Vaccine operations Central Provinces 1886-1899 - 1886-1899
Year: 1886
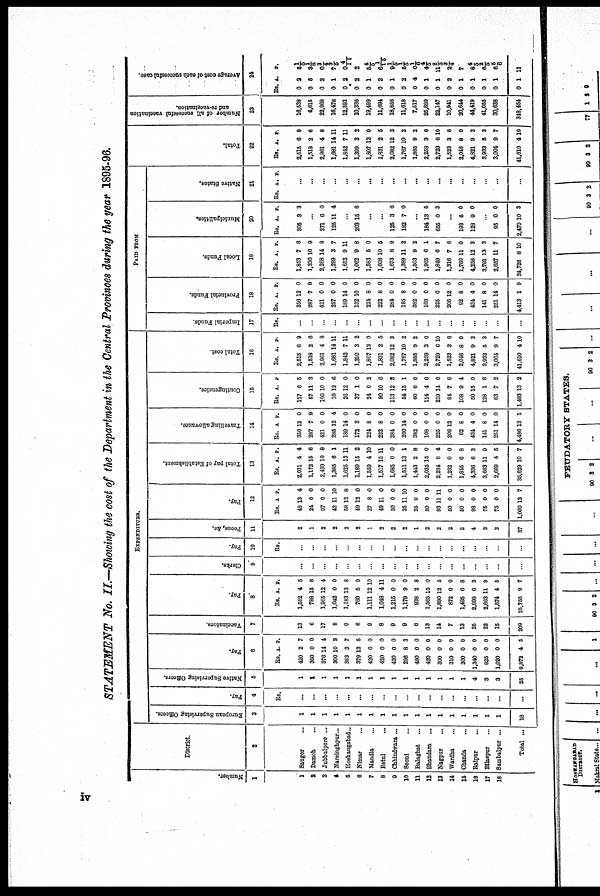
STATEMENT No. II—Showing the cost of the Department in the Central Provinces during the year 1895-96.
Number.
1
1
2
3
4
5
6
7
8
9
10
11
12
13
14
15
16
17
18
District.
2
Saugor...
Damoh...
Jubbulpore ...
Narsinghpur...
Hoshangabad..
Nimar...
Mandla...
Betul...
Chhindwara ...
Seoni...
Balaghat...
Bhandara...
Nagpur...
Wardha...
Chanda...
Balpur...
Bilaspur...
Sambalpur...
Total ...
EXPENDITURE.
European Supervising Officers.
3
1
1
1
1
1
1
1
1
1
1
1
1
1
1
1
1
1
1
18
Pay.
4
Rs.
...
...
...
...
...
...
...
...
...
...
...
...
...
...
...
...
...
...
...
Native Supervising Officers.
8
1
1
1
1
1
1
1
1
1
1
1
1
1
1
1
4
3
3
25
Pay.
6
Rs.
420
360
376
300
383
379
420
420
420
296
480
420
300
310
300
1,340
928
1,020
8,872
A.
2
0
14
10
3
13
0
0
0
8
0
0
0
0
0
0
0
0
4
P.
7
0
4
3
7
5
0
0
0
3
0
0
0
0
0
0
0
0
8
Vaccinators.
7
13
6
17
8
9
6
9
8
9
9
6
13
14
7
13
25
22
15
209
Pay.
8
Rs.
1,562
788
1,965
1,042
1,183
760
1,111
1,048
1,215
1,179
938
1,565
1,890
872
1,495
2,898
2,663
1,574
25,756
A.
4
15
12
0
13
5
12
4
0
9
2
15
12
0
6
6
11
4
9
P.
5
6
4
0
8
9
10
11
0
0
8
0
5
0
8
3
9
5
7
Clerks.
9
...
...
...
...
...
...
...
...
...
...
...
...
...
...
...
...
...
...
...
Pay.
10
Rs.
...
...
...
...
...
...
...
...
...
...
...
...
...
...
...
...
...
...
...
Peons &c.
11
2
1
2
2
2
2
1
2
2
2
1
2
2
2
2
4
3
3
37
Pay.
12
Rs.
48
24
97
42
58
49
27
49
50
35
25
50
93
50
50
98
75
75
1,000
A
13
0
0
11
12
12
8
11
0
11
0
0
11
0
0
0
0
0
12
P.
4
0
0
10
8
0
0
0
0
10
0
0
11
0
0
0
0
0
7
Total pay of Establishment.
13
Rs.
2,031
1,172
2,439
1,385
1,625
1,189
1,559
1,517
1,685
1,511
1,443
2,035
2,284
1,232
1,845
4,336
3,663
2,669
35,629
A.
4
15
10
6
13
15
4
15
0
13
2
15
8
0
0
6
11
4
10
P.
4
6
8
1
11
2
10
11
0
1
8
0
4
0
8
3
9
5
7
Travelling allowance.
14
Rs.
356
287
421
285
189
172
224
222
284
200
382
108
225
206
92
434
141
251
4,486
A
12
7
0
12
14
3
8
8
0
14
0
0
0
12
8
4
8
14
13
P.
0
9
0
4
0
0
0
0
0
0
0
0
0
0
0
0
0
0
1
Contingencies.
15
Rs.
127
57
100
10
26
37
24
90
113
54
60
114
219
84
108
50
128
83
1,493
A.
6
11
10
12
12
1
0
10
12
15
6
4
14
7
9
15
1
7
13
p
5
3
0
6
0
0
2
6
3
1
6
6
6
6
4
0
6
2
2
Total cost.
16
Rs.
2,515
1,518
2,961
1,681
1,842
1,399
1,807
1,831
2,082
1,767
1,885
2,258
2,729
1,523
2,046
4,821
3,933
3,004
41,610
A.
6
2
4
14
7
3
13
2
12
10
9
3
6
3
8
9
5
9
4
P.
9
6
8
11
11
2
0
5
3
2
2
6
10
6
0
3
3
7
10
PAID FROM
Imperial Funds.
17
Rs.
...
...
...
...
...
...
...
...
...
...
...
...
...
...
...
...
...
...
Provincial Funds.
18
Rs.
356
287
421
257
189
132
224
222
284
195
382
108
225
206
92
434
141
251
4,413
A.
12
7
0
0
14
10
8
8
0
8
0
0
0
12
8
4
8
14
1
P.
0
9
0
0
0
0
0
0
0
0
0
0
0
0
0
0
0
0
9
Local Funds.
19
Rs.
1,853
1,230
2,268
1,299
1,652
1,062
1,583
1,608
1,673
1,389
1,503
1,965
1,849
1,316
1,760
4,258
3,791
2,657
34,726
A.
7
10
14
3
9
9
5
10
8
11
9
6
6
7
11
12
13
11
8
P.
6
9
8
7
11
8
0
5
9
2
2
1
7
6
0
3
3
7
10
Municipalities.
20
Rs.
305
A.
3
P.
3
...
271
125
6
11
0
4
...
203 15 6
...
...
125
182
3
7
6
0
...
184
655
13
0
5
3
...
193
128
5
9
0
0
...
95
2,470
0
10
0
3
Native States.
21
Rs. A. P.
...
...
...
...
...
...
...
...
...
...
...
...
...
...
...
...
...
...
...
Total.
22
Rs.
2,515
1,518
2,961
1,681
1,842
1,399
1,807
1,831
2,082
1,767
1,888
2,258
2,729
1,523
2,046
4,821
3,933
3,004
41,610
A.
6
2
4
14
7
3
13
2
12
10
9
3
6
3
8
9
5
9
4
P.
9
6
8
11
11
2
0
5
3
2
2
6
10
6
0
3
3
7
10
Number of all successful vaccination
and re-vaccination.
23
16,538
4,615
22,968
16,478
12,593
10,336
19,499
11,694
18,856
11,618
7,517
25,889
22,147
10,941
20,644
44,419
41,055
30,638
348,454
Average cost of each successful case.
24
Rs.
0
0
0
0
0
0
0
0
0
0
0
0
0
0
0
0
0
0
0
A.
2
5
2
1
2
2
1
2
1
2
4
1
1
2
1
1
1
1
1
P.
5 1/6
3 1/6
0 3/4
7 3/5
0 4/11
2
5 4/5
6 1/15
9 1/5
5 1/5
0 1/6
4 4/3
11 2/3
2¾
7
8 4/3
6 2/5
6 5/6
11
iv